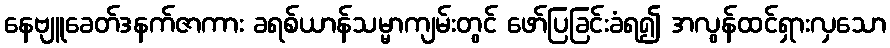
နေဗျူခေတ်ဒနက်ဇာကား ခရစ်ယာန်သမ္မာကျမ်းတွင် ဖော်ပြခြင်းခံရ၍ အလွန်ထင်ရှားလှသော